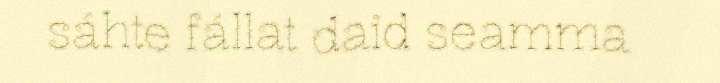
sáhte fállat daid seamma